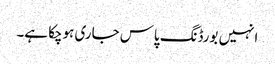
انہیں بورڈنگ پاس جاری ہوچکا ہے۔